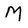
Character: M